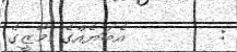
:        އެބަޔެއްގެ މާޒީގެ